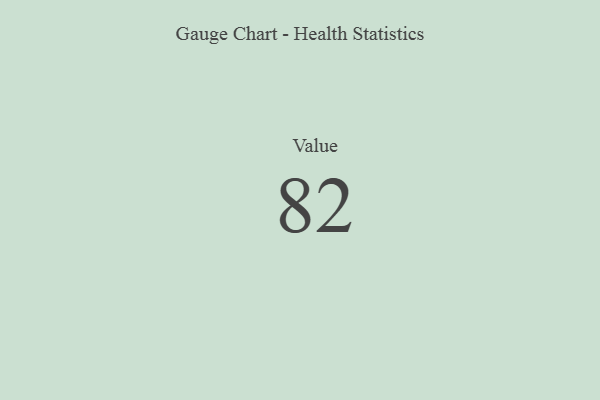
{"axis": {"x": "Metric", "y": "Value"}, "legend": [""], "data": [{"x": "Value", "y": 82, "type": ""}]}